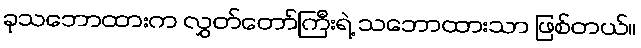
ခုသဘောထားက လွှတ်တော်ကြီးရဲ့ သဘောထားသာ ဖြစ်တယ်။